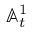
\mathbb { A } _ { t } ^ { 1 }